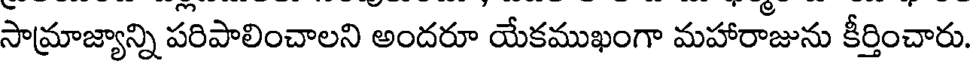
సామ్రాజ్యాన్ని పరిపాలించాలని అందరూ యేకముఖంగా మహారాజును కీర్తించారు.